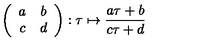
\left( \begin{array} { c c } { a } & { b } \\ { c } & { d } \\ \end{array} \right) : \tau \mapsto \frac { a \tau + b } { c \tau + d }